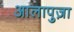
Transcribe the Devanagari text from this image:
आलापुज़ा